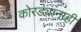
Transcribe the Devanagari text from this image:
कोरड्यांनाही